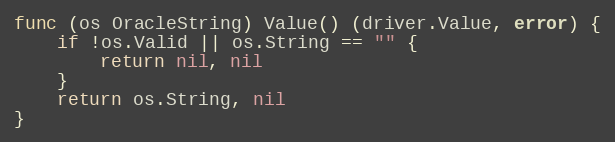
Language: Go
func (os OracleString) Value() (driver.Value, error) {
	if !os.Valid || os.String == "" {
		return nil, nil
	}
	return os.String, nil
}